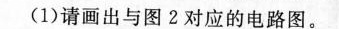
(1)请画出与图2对应的电路图。